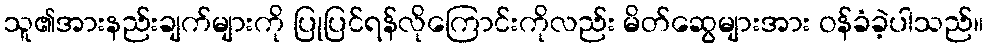
သူ၏အားနည်းချက်များကို ပြုပြင်ရန်လိုကြောင်းကိုလည်း မိတ်ဆွေများအား ဝန်ခံခဲ့ပါသည်။